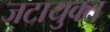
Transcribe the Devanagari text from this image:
जटायुक्त